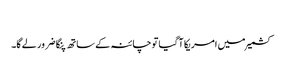
​
کشمیر میں امریکا آ گیا تو چائنہ کے ساتھ پنگا ضرور لے گا۔